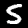
Label: 5